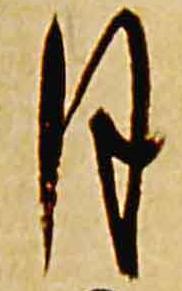
月